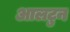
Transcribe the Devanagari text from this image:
आलटुन